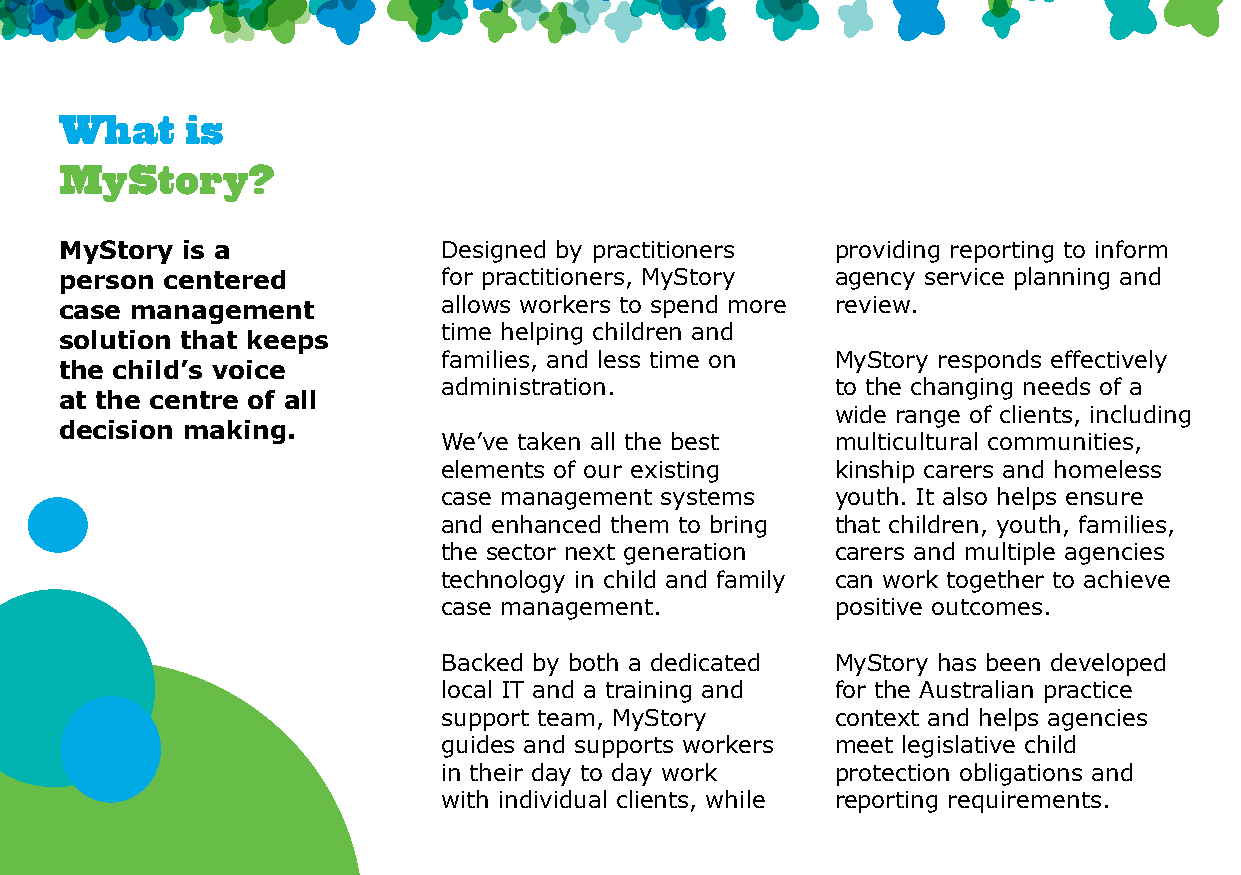
What    is
 MyStory?
 MyStory is a             Designed by practitioners providing reporting to inform
 person centered          for practitioners, MyStory agency service planning and
 case management          allows workers to spend more review.
 time helping children and
 solution that keeps
 families, and less time on MyStory responds effectively
 the child’s voice
 administration.           to the changing needs of a
 at the centre of all
 wide range of clients, including
 decision making.
 We’ve taken all the best  multicultural communities,
 elements of our existing  kinship carers and homeless
 case management systems   youth. It also helps ensure
 and enhanced them to bring that children, youth, families,
 the sector next generation carers and multiple agencies
 technology in child and family can work together to achieve
 case management.          positive outcomes.
 Backed by both a dedicated MyStory has been developed
 local IT and a training and for the Australian practice
 support team, MyStory     context and helps agencies
 guides and supports workers meet legislative child
 in their day to day work  protection obligations and
 with individual clients, while reporting requirements.